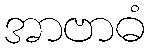
အာဗာဓံ